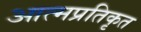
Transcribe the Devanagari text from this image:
आत्मप्रतिकृत